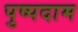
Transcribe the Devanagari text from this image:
पुष्पदाम